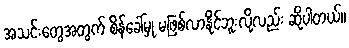
အသင်းတွေအတွက် စိန်ခေါ်မှု မဖြစ်လာနိုင်ဘူးလို့လည်း ဆိုပါတယ်။